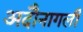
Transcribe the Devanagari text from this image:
अदौनागली